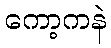
ကော့ကနဲ